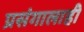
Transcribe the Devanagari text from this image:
प्रसंगालाही